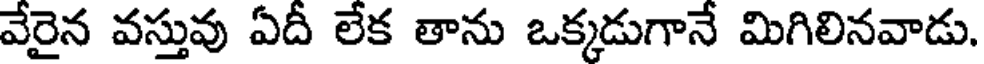
వేరైన వస్తువు ఏదీ లేక తాను ఒక్కడుగానే మిగిలినవాడు.